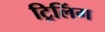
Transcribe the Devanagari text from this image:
ट्रिलिंग